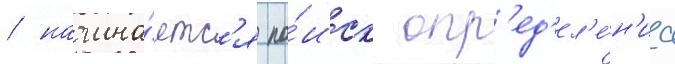
/ начина́етс'я по́иск опр'ед'ел'е́н'иа